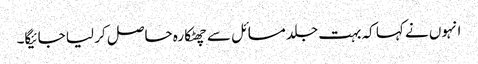
انہوں نے کہا کہ بہت جلد مسائل سے چھٹکارہ حاصل کر لیا جائیگا۔